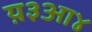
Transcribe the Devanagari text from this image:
य़३आ४